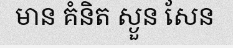
មាន គំនិត ស្ងួន សែន